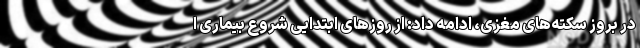
در بروز سکته‌های مغزی، ادامه داد: از روزهای ابتدایی شروع بیماری ا